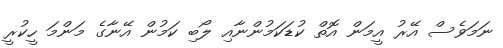
ނަމަވެސް އޭރު އީމަން އޮތް ކުޑަކަމުންނާއި ލޯބި ކަމުން އޭނާގެ މަންމަ ހީކުރީ